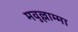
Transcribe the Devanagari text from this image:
मवुल्लाम्मा